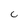
Character: C